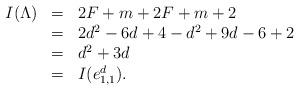
LaTeX: \begin{align*} \begin{array}{lcl} I(\Lambda) &=& 2F+m+2F+m+2 \\ & =& 2d^2-6d+4 - d^2 + 9d - 6 + 2 \\ & =& d^2+3d \\ &=& I(e_{1,1}^d). \\ \end{array} \end{align*}